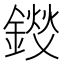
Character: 𫒽